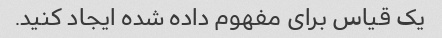
یک قیاس برای مفهوم داده شده ایجاد کنید.